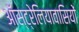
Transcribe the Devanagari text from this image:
ऑस्ट्रेलियावासियों